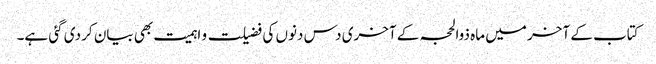
کتاب کے آخر میں ماہ ذوالحجہ کے آخری دس دنوں کی فضیلت و اہمیت بھی بیان کر دی گئی ہے۔